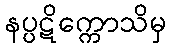
နပ္ပဋိက္ကောသိမှ